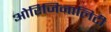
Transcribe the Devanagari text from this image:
ओरिजिनालिटी